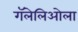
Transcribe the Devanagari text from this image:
गॅलेलिओला